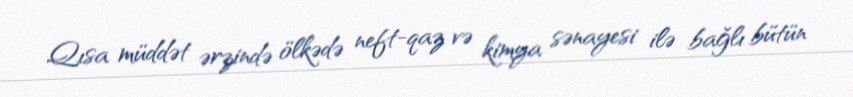
Qısa müddət ərzində ölkədə neft-qaz və kimya sənayesi ilə bağlı bütün